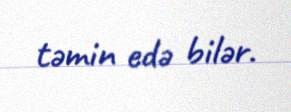
təmin edə bilər.